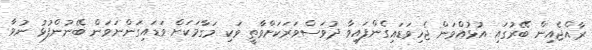
ރާއްޖެއިން ބޭރުގައި އުޅުއްވަން ޖެހިވަޑައިގެންފައިވާ ދުވަސްވަރަކަށްވާތީ ވަކި މަގާމަކަށް ވަޑައިގަންނަވަން ބޭނުންފުޅު ނުވާ